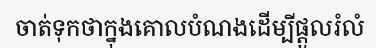
ចាត់ទុកថាក្នុងគោលបំណងដើម្បីផ្តួលរំលំ